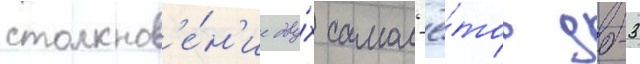
столкнов'е́н'ие дву́х самол'ё́тов дб-3